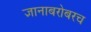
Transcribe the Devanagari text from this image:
ज्ञानाबरोबरच